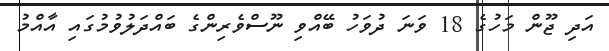
އަދި ޖޫން މަހުގެ 18 ވަނަ ދުވަހު ބޭއްވި ނޫސްވެރިންގެ ބައްދަލުވުމުގައި އާއްމު